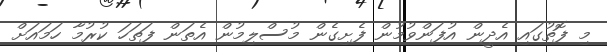
މި ފޮތުގައި އެދީން އުފަންވުމުން ފެށިގެން މުސްލިމުން އެތަން ފަތަހަ ކުރުމާ ހަމައަށް